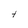
Character: 4